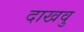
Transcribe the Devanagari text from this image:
दाखवु